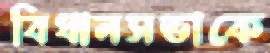
বিধানসভাকে